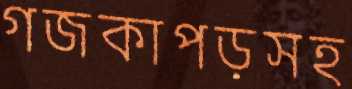
গজকাপড়সহ